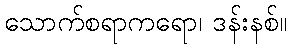
သောက်စရာကရော၊ ဒန်းနစ်။